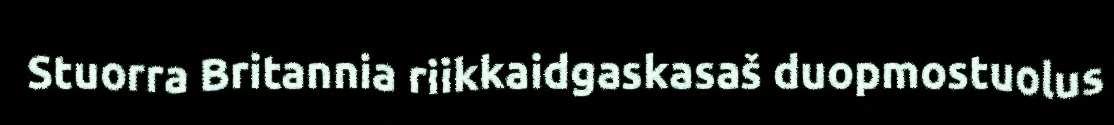
Stuorra Britannia riikkaidgaskasaš duopmostuolus